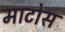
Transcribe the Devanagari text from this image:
माटोस